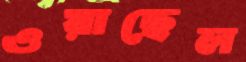
ওয়াছেল